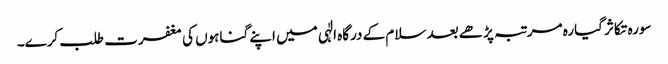
سورہ تکاثر گیارہ مرتبہ پڑھے بعد سلام کے درگاہ الٰہی میں اپنے گناہوں کی مغفرت طلب کرے۔